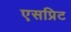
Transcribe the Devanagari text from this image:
एसप्रिट